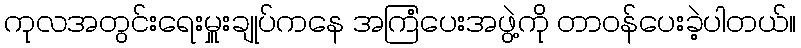
ကုလအတွင်းရေးမှူးချုပ်ကနေ အကြံပေးအဖွဲ့ကို တာဝန်ပေးခဲ့ပါတယ်။